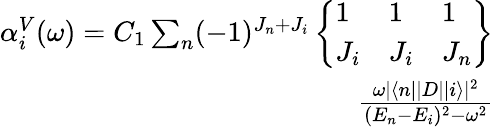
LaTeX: \begin{array}{r}{\alpha_{i}^{V}(\omega)=C_{1}\sum_{n}(-1)^{J_{n}+J_{i}}\left\{ \begin{array}{lll}{1}&{1}&{1}\\ {J_{i}}&{J_{i}}&{J_{n}}\end{array}\right\} }\\ {\frac{\omega|\langle n||D||i\rangle|^{2}}{(E_{n}-E_{i})^{2}-\omega^{2}}}\end{array}